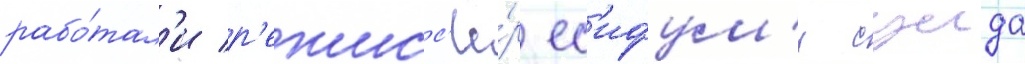
рабо́тал'и р'ежисс'ё́р ес'ифум'и суида